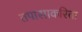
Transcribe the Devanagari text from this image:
तपासाकरिता